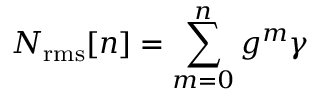
N _ { \mathrm { r m s } } [ n ] = \sum _ { m = 0 } ^ { n } g ^ { m } \gamma